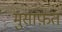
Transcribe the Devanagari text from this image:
मुसाफ़त